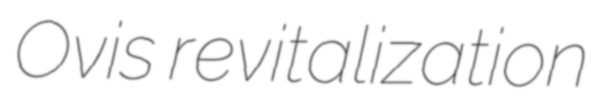
Ovis revitalization